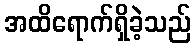
အထိရောက်ရှိခဲ့သည်